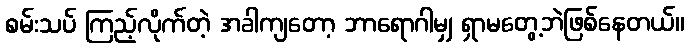
စမ်းသပ် ကြည့်လိုက်တဲ့ အခါကျတော့ ဘာရောဂါမျှ ရှာမတွေ့ဘဲဖြစ်နေတယ်။